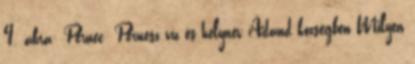
4. ábra: Pernec Pernesz víz és helynév Ádánd községben Milyen